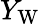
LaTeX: Y_{\mathrm{W}}